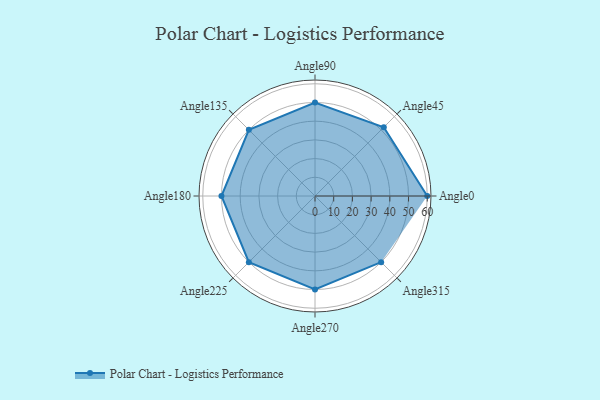
{"axis": {"x": "Angle", "y": "Radius"}, "legend": [""], "data": [{"x": "Angle0", "y": 60.0, "type": ""}, {"x": "Angle45", "y": 52.0, "type": ""}, {"x": "Angle90", "y": 50, "type": ""}, {"x": "Angle135", "y": 50, "type": ""}, {"x": "Angle180", "y": 50, "type": ""}, {"x": "Angle225", "y": 50, "type": ""}, {"x": "Angle270", "y": 50, "type": ""}, {"x": "Angle315", "y": 50, "type": ""}]}